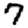
Digit: 7